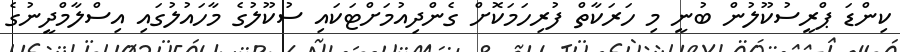
ކިންޑަ ޕްރީސުކޫލުން ބުނީ މި ހަރަކާތް ފުރިހަމަކޮށް ގެންދިއުމަށްޓަކައި ސުކޫލުގެ މާހައުލުގައި އިސްލާމްދީނުގެ